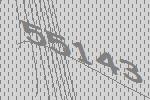
55143